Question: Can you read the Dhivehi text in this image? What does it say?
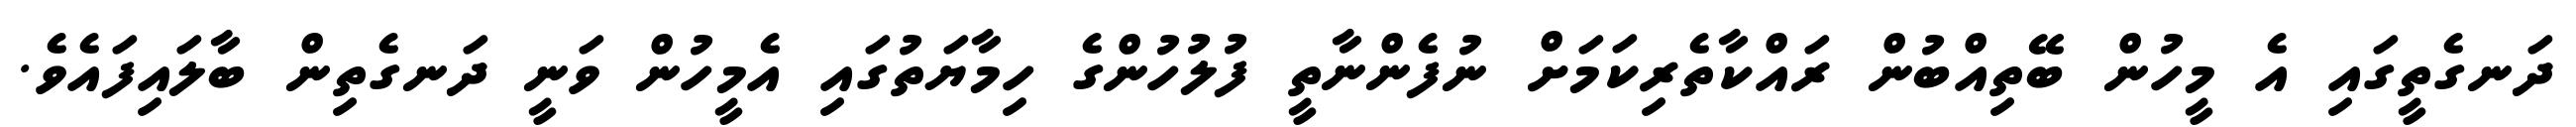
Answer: ދަނގެތީގައި އެ މީހުން ބޭތިއްބުން ރައްކާތެރިކަމަށް ނުފެންނާތީ ފުލުހުންގެ ހިމާޔަތުގައި އެމީހުން ވަނީ ދަނގެތިން ބާލައިފައެވެ.